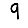
Digit: 9